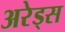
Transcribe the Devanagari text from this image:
अरेड्स